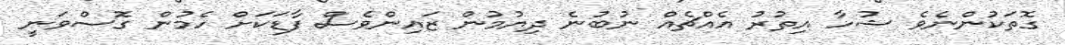
ގޮތަކުންނެވެ ޝުހާ އިތުރު އެއްޗެއް ނުބުނެ ދިޔުމުން ޒައިންވެސް ފާޑަކަށް ހެމުން ގޮސްވަނީ